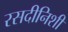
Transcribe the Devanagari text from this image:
रसदीनिशी